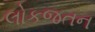
લોકજતન